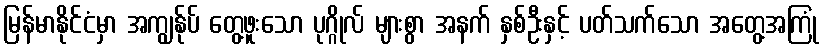
မြန်မာနိုင်ငံမှာ အကျွန်ုပ် တွေ့ဖူးသော ပုဂ္ဂိုလ် များစွာ အနက် နှစ်ဦးနှင့် ပတ်သက်သော အတွေ့အကြုံ